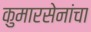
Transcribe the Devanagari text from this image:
कुमारसेनांचा